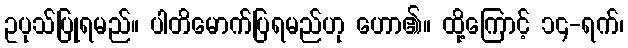
ဥပုသ်ပြုရမည်။ ပါတိမောက်ပြရမည်ဟု ဟော၏။ ထို့ကြောင့် ၁၄-ရက်၊